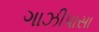
ગાઝીપાસા